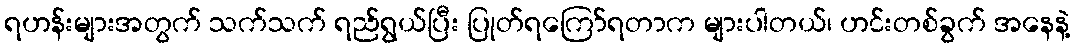
ရဟန်းများအတွက် သက်သက် ရည်ရွယ်ပြီး ပြုတ်ရကြော်ရတာက များပါတယ်၊ ဟင်းတစ်ခွက် အနေနဲ့